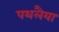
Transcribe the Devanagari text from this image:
पथलैया